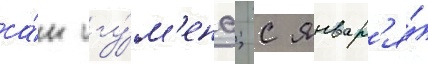
са́н игу́м'ена; с январ'я́